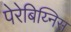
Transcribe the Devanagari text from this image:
पेरेबिय्निस